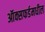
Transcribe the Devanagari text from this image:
ऑक्सफर्डमधील